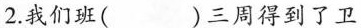
2.我们班( )三周得到了卫